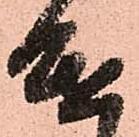
進